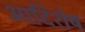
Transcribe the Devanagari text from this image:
आदिशेष